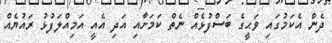
ދެން އެކަމުގައި ވަޙީގެ ބަސްފުޅެއް ނެތް ކަމަށާއި އަދި އެއީ އަމިއްލަފުޅު ރައުޔެއް